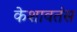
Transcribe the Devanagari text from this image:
केशावतंस